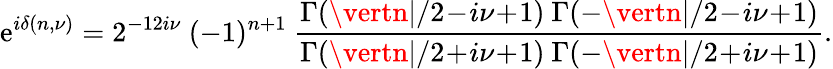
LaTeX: \mathrm{e}^{i\delta(n,\nu)}=2^{-12i\nu}\ (-1)^{n+1}\ \frac{{\Gamma(\vertn\vert/2\! -\! i\nu\! +\! 1)\ \Gamma(-\vertn\vert/2\! -\! i\nu\! +\! 1)}}{{\Gamma(\vertn\vert/2\! +\! i\nu\! +\! 1)\ \Gamma(-\vertn\vert/2\! +\! i\nu\! +\! 1)}}.